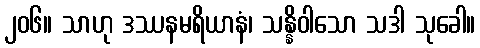
၂၀၆။ သာဟု ဒဿနမရိယာနံ၊ သန္နိဝါသော သဒါ သုခေါ။